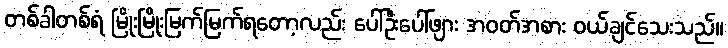
တစ်ခါတစ်ရံ မြိုးမြိုးမြက်မြက်ရတော့လည်း ပေါ်ဦးပေါ်ဖျား အဝတ်အစား ဝယ်ချင်သေးသည်။